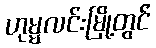
ဟုမ္မလင်းမြို့တွင်